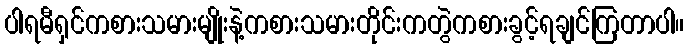
ပါရမီရှင်ကစားသမားမျိုးနဲ့ကစားသမားတိုင်းကတွဲကစားခွင့်ရချင်ကြတာပါ။